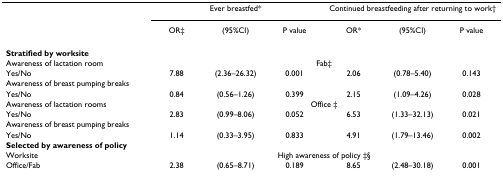
|  | <COLSPAN=3> Ever breastfed* | <COLSPAN=3> Continued breastfeeding after returning to work† |
 |  | OR‡ | (95%CI) | P value | OR* | (95%CI) | P value |
 | --- | --- | --- | --- | --- | --- | --- |
 | Stratified by worksite |  |  |  |  |  |  |
 | Awareness of lactation room | <COLSPAN=6> Fab‡ |
 | Yes/No | 7.88 | (2.36–26.32) | 0.001 | 2.06 | (0.78–5.40) | 0.143 |
 | Awareness of breast pumping breaks |  |  |  |  |  |  |
 | Yes/No | 0.84 | (0.56–1.26) | 0.399 | 2.15 | (1.09–4.26) | 0.028 |
 | Awareness of lactation rooms | <COLSPAN=6> Office ‡ |
 | Yes/No | 2.83 | (0.99–8.06) | 0.052 | 6.53 | (1.33–32.13) | 0.021 |
 | Awareness of breast pumping breaks |  |  |  |  |  |  |
 | Yes/No | 1.14 | (0.33–3.95) | 0.833 | 4.91 | (1.79–13.46) | 0.002 |
 | Selected by awareness of policy |  |  |  |  |  |  |
 | Worksite | <COLSPAN=6> High awareness of policy ‡§ |
 | Office/Fab | 2.38 | (0.65–8.71) | 0.189 | 8.65 | (2.48–30.18) | 0.001 |